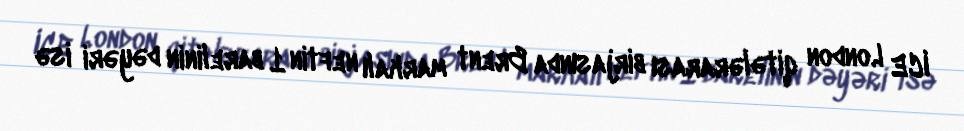
ICE London qitələrarası birjasında Brent markalı neftin 1 barelinin dəyəri isə